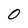
Character: O